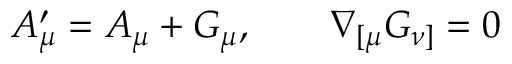
A _ { \mu } ^ { \prime } = A _ { \mu } + G _ { \mu } , \qquad \nabla _ { [ \mu } G _ { \nu ] } = 0